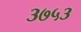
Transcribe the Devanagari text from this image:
३७५३